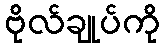
ဗိုလ်ချုပ်ကို